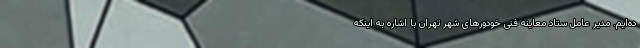
ده‌ایم. مدیر عامل ستاد معاینه فنی خودورهای شهر تهران با اشاره به اینکه